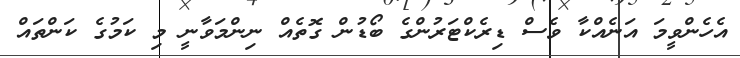
އެހެންވީމަ އަނެއްކާ ވެސް ޑިރެކްޓަރުންގެ ބޯޑުން ގޮތެއް ނިންމަވާނީ މި ކަމުގެ ކަންތައް